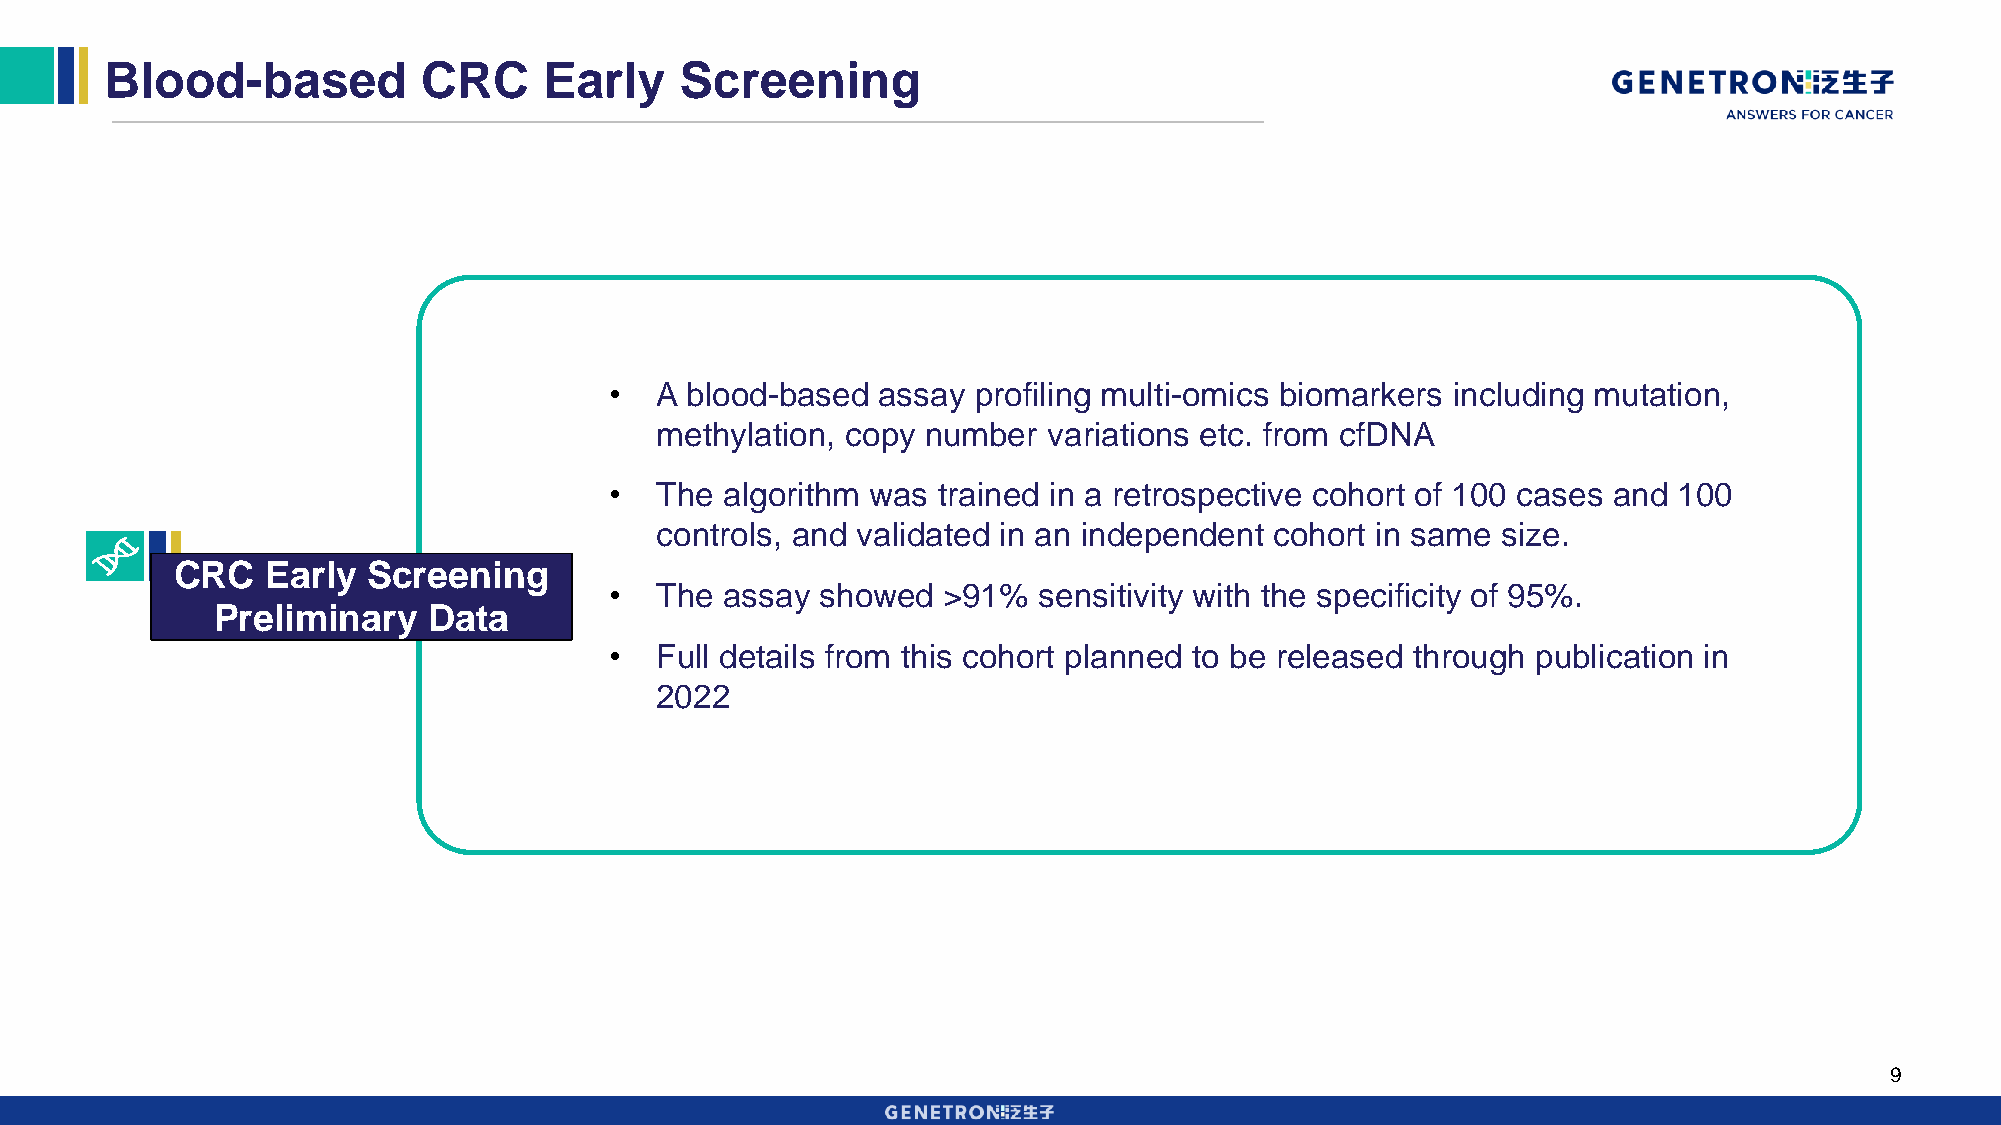
Blood-based          CRC     Early    Screening
 •  A blood-based  assay  profiling multi-omics biomarkers including mutation,
 methylation, copy number  variations etc. from cfDNA
 •  The  algorithm was trained in a retrospective cohort of 100 cases and 100
 controls, and validated in an independent cohort in same size.
 CRC    Early Screening
 •  The  assay showed  >91%   sensitivity with the specificity of 95%.
 Preliminary   Data
 •  Full details from this cohort planned to be released through publication in
 2022
 9